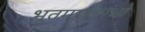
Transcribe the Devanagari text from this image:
भूतमात्रामध्ये